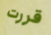
قررت